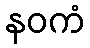
နဝကံ